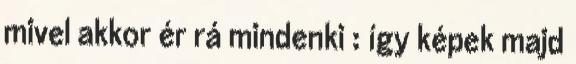
mivel akkor ér rá mindenki : így képek majd